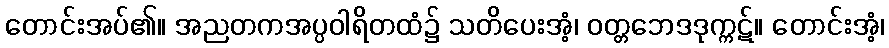
တောင်းအပ်၏။ အညတကအပ္ပဝါရိတထံ၌ သတိပေးအံ့၊ ဝတ္တဘေဒဒုက္ကဋ်။ တောင်းအံ့၊